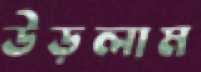
উড়লাম